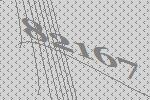
82167